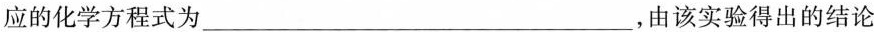
应的化学方程式为___，由该实验得出的结论